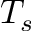
T _ { s }